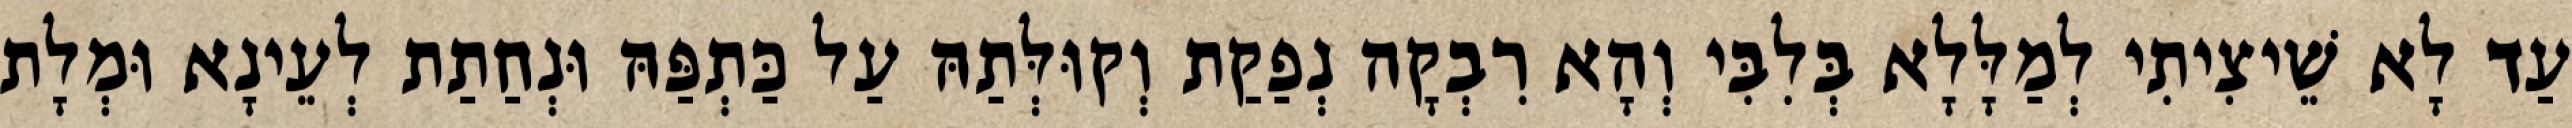
עַד לָא שֵׁיצִיתִי לְמַלָּלָא בְּלִבִּי וְהָא רִבְקָה נְפַקַת וְקוּלְּתַהּ עַל כַּתְפַּהּ וּנְחַתַת לְעֵינָא וּמְלָת